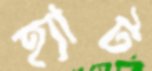
হ্যাট